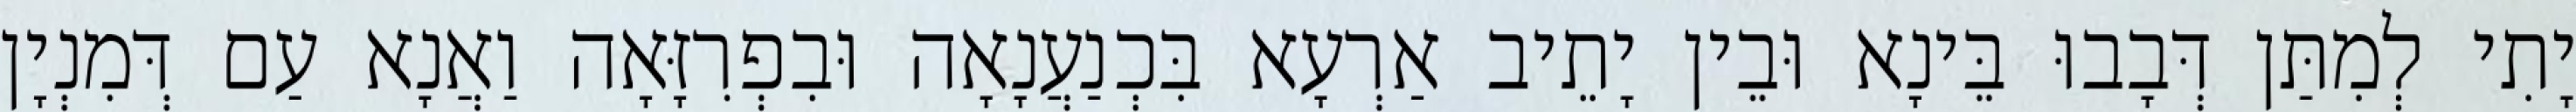
יָתִי לְמִתַּן דְּבָבוּ בֵּינָא וּבֵין יָתֵיב אַרְעָא בִּכְנַעֲנָאָה וּבִפְרִזָּאָה וַאֲנָא עַם דְּמִנְיָן